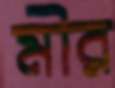
মীর